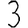
Digit: 3